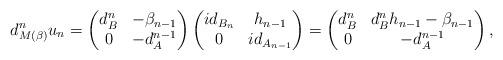
LaTeX: \begin{align*} d^{n}_{M(\beta)}u_n=\begin{pmatrix} d^{n}_B & -\beta_{n-1}\\ 0 & -d^{n-1}_{A} \\ \end{pmatrix}\begin{pmatrix} id_{B_n} & h_{n-1}\\ 0 & id_{A_{n-1}}\end{pmatrix}=\begin{pmatrix}d^{n}_B & d^{n}_{B}h_{n-1}-\beta_{n-1}\\0 & -d^{n-1}_{A} \\\end{pmatrix}, \end{align*}